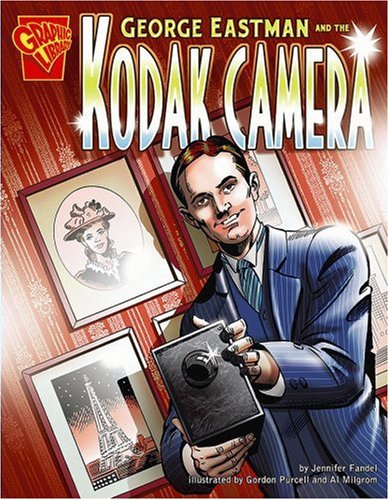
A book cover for George Eastman and the Kodak Camera (Inventions and Discovery); Jennifer Fandel; Children's Books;